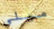
ميلي